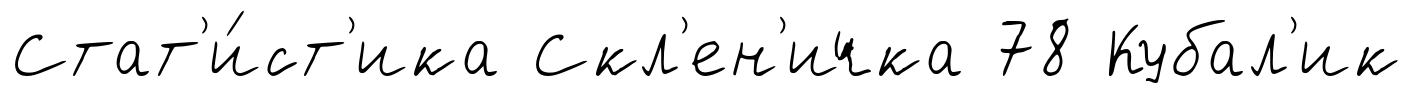
Стат'и́ст'ика Скл'ен'ичка 78 Кубал'ик